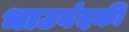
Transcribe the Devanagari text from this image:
भाउबंदकी